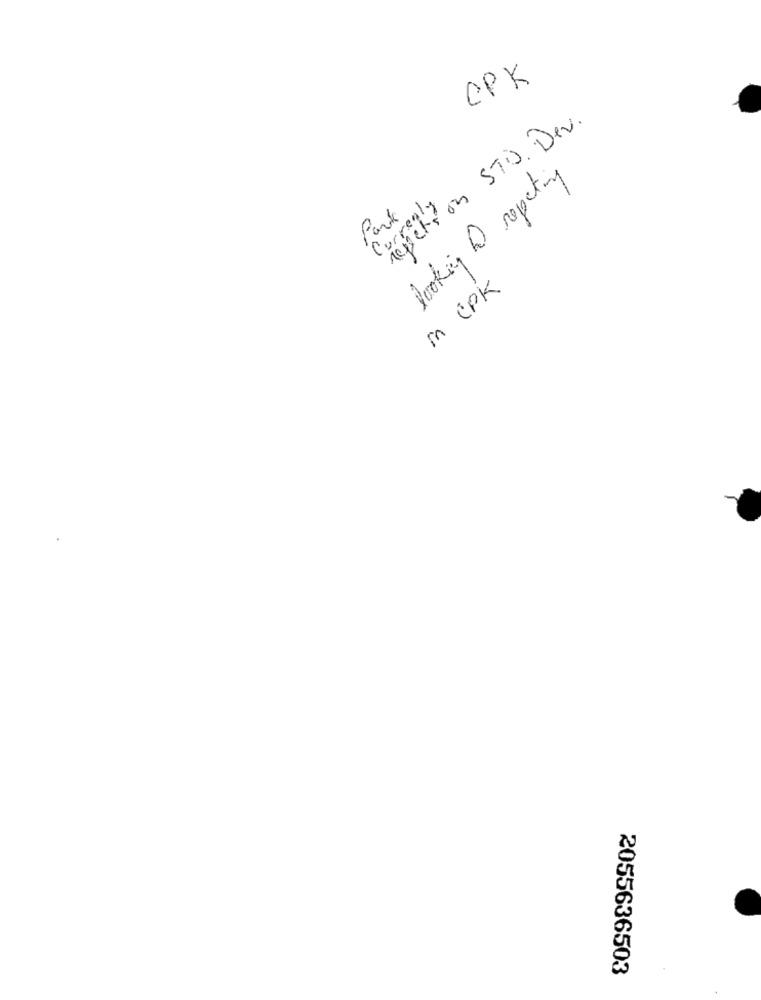
CPK
repeti on STO. Der.
looking to repeting
Currently
Park
in CPK
2055636503